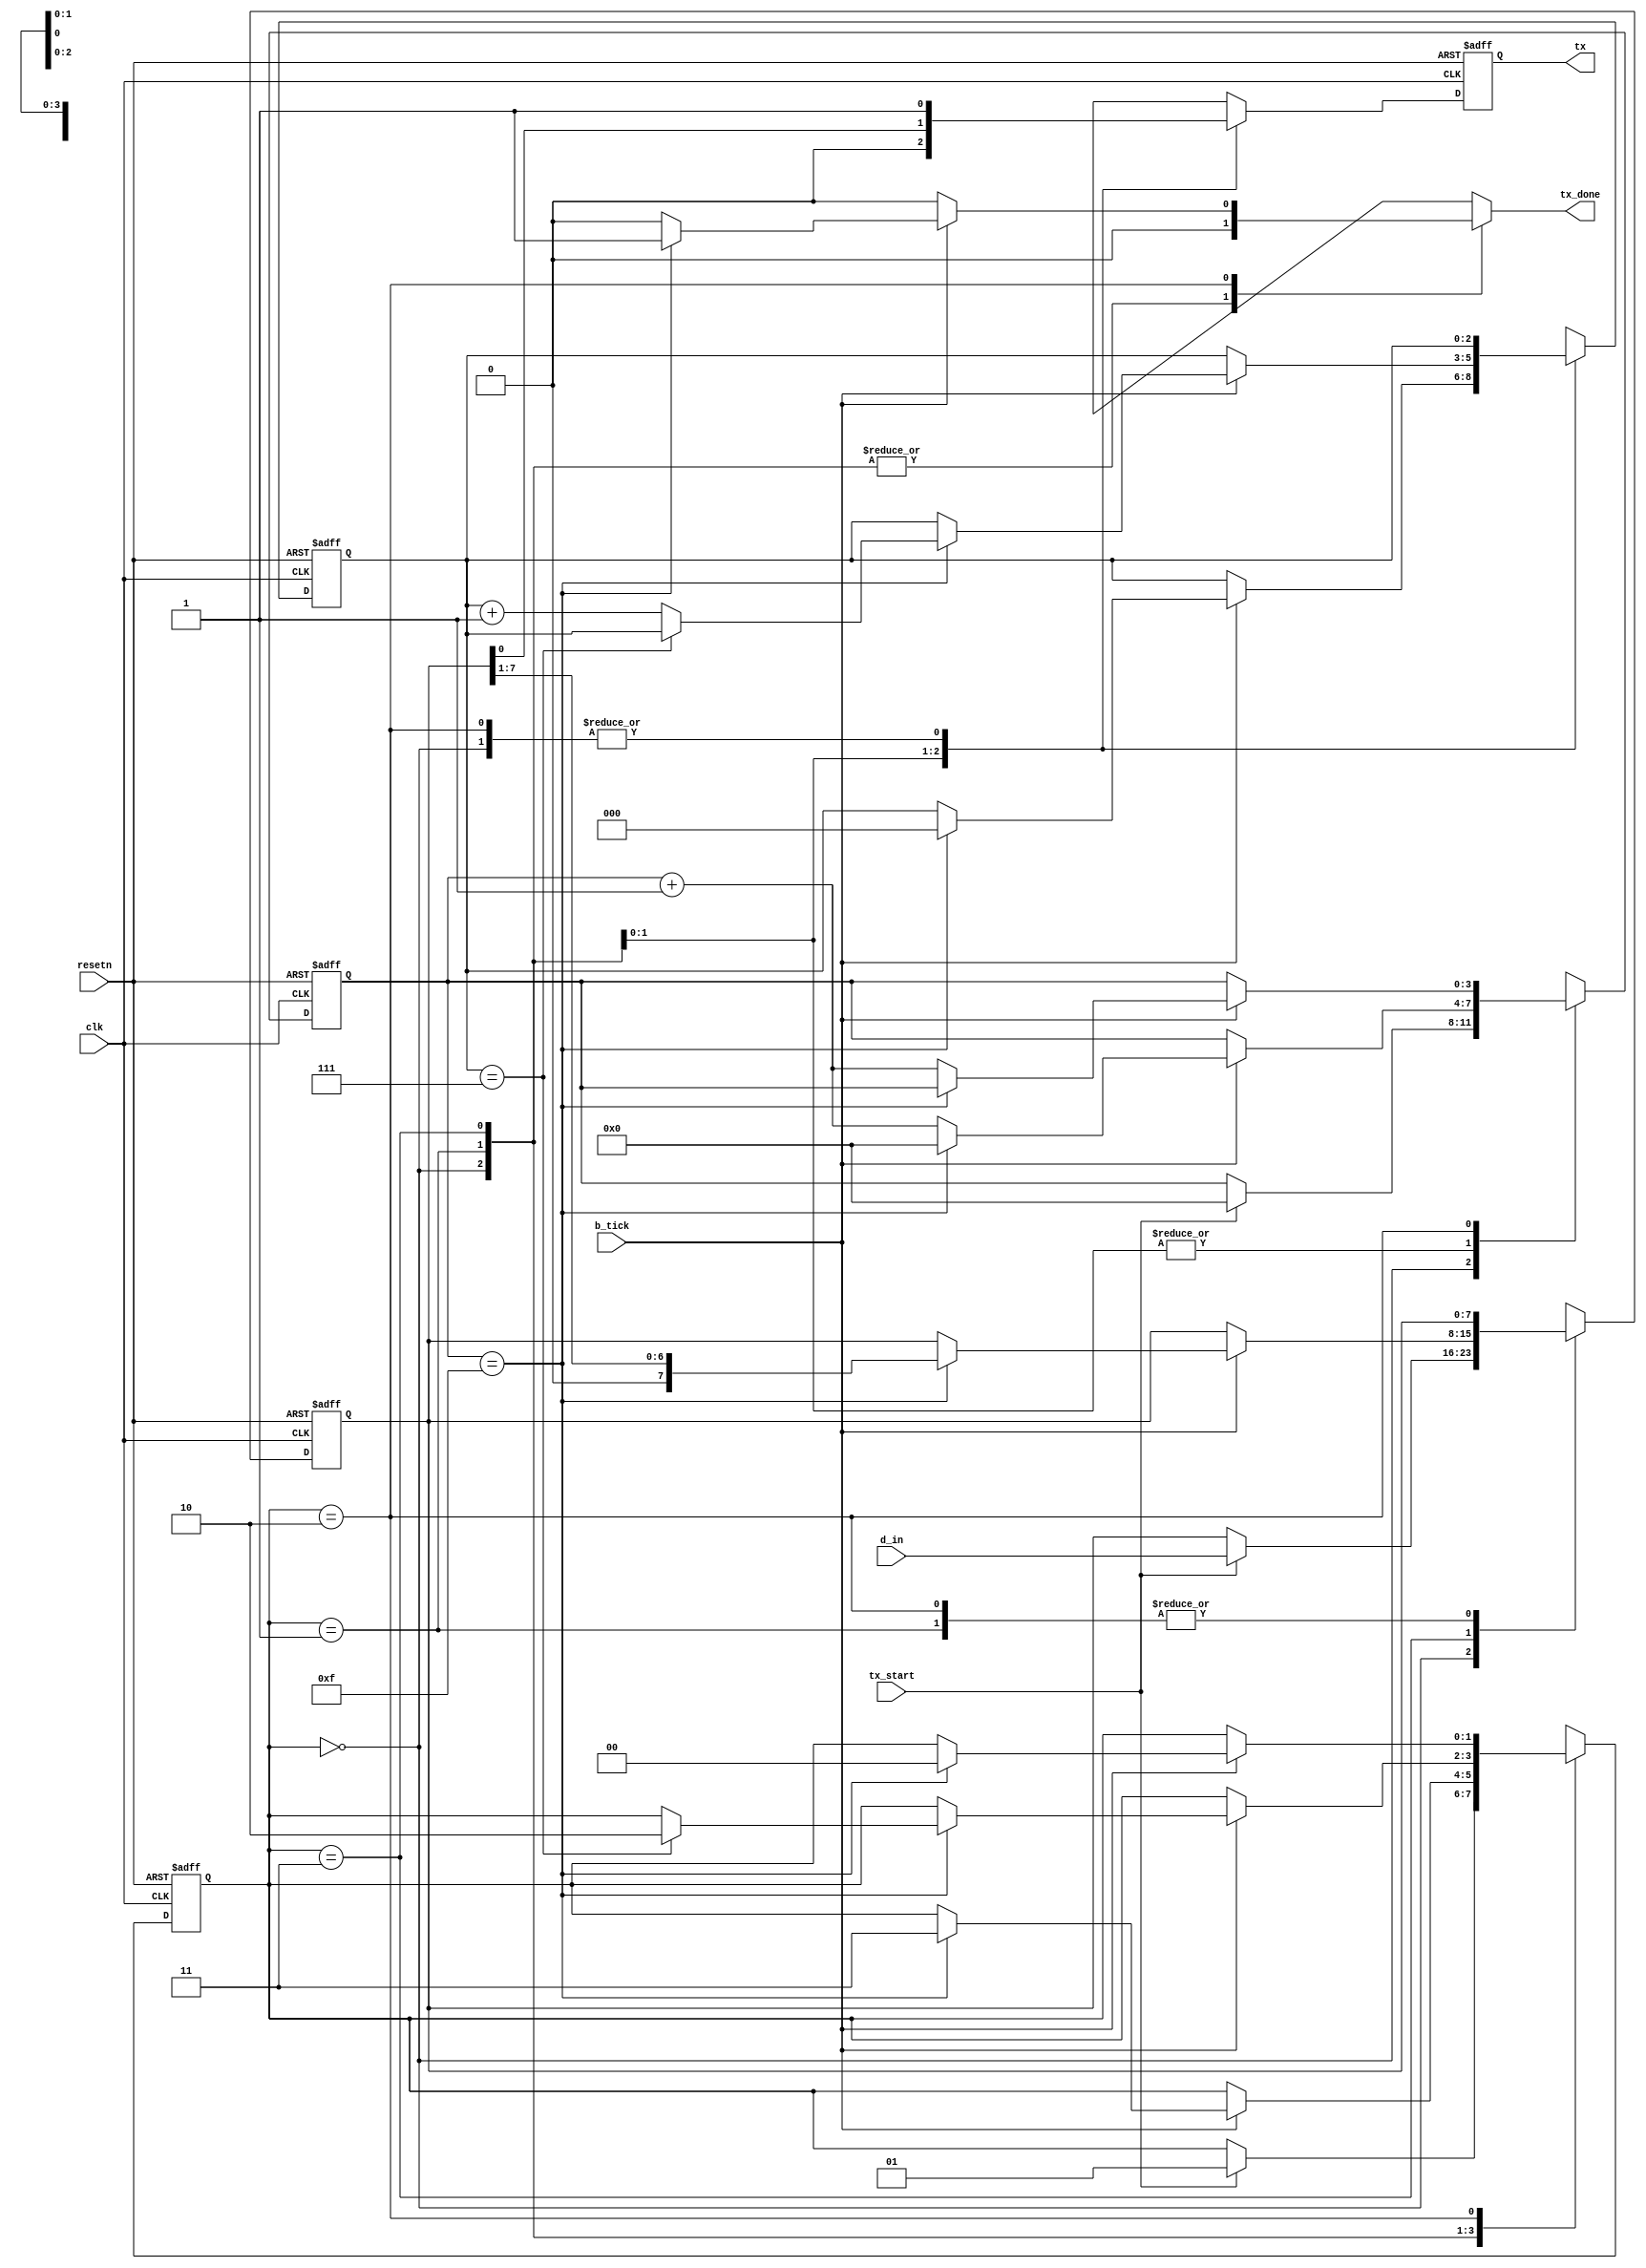
module UART_TX(
  input wire clk,
  input wire resetn,
  input wire tx_start,        
  input wire b_tick,          //baud rate tick
  input wire [7:0] d_in,      //input data
  output reg tx_done,         //transfer finished
  output wire tx              //output data to RS-232
  );
  
  
//STATE DEFINES  
  localparam [1:0] idle_st = 2'b00;
  localparam [1:0] start_st = 2'b01;
  localparam [1:0] data_st = 2'b11;
  localparam [1:0] stop_st = 2'b10;
  
//Internal Signals  
  reg [1:0] current_state;
  reg [1:0] next_state;
  reg [3:0] b_reg;          //baud tick counter
  reg [3:0] b_next;
  reg [2:0] count_reg;      //data bit counter
  reg [2:0] count_next;
  reg [7:0] data_reg;       //data register
  reg [7:0] data_next;
  reg tx_reg;               //output data reg
  reg tx_next;
  
//State Machine  
  always @(posedge clk, negedge resetn)
  begin
    if(!resetn)
      begin
        current_state <= idle_st;
        b_reg <= 0;
        count_reg <= 0;
        data_reg <= 0;
        tx_reg <= 1'b1;
      end
    else
      begin
        current_state <= next_state;
        b_reg <= b_next;
        count_reg <= count_next;
        data_reg <= data_next;
        tx_reg <= tx_next;
      end
  end


//Next State Logic  
  always @*
  begin
    next_state = current_state;
    tx_done = 1'b0;
    b_next = b_reg;
    count_next = count_reg;
    data_next = data_reg;
    tx_next = tx_reg;
    
    case(current_state)
      idle_st:
      begin
        tx_next = 1'b1;
        if(tx_start)
        begin
          next_state = start_st;
          b_next = 0;
          data_next = d_in;
        end
      end
      
      start_st: //send start bit
      begin
        tx_next = 1'b0;
        if(b_tick)
          if(b_reg==15)
            begin
              next_state = data_st;
              b_next = 0;
              count_next = 0;
            end
          else
            b_next = b_reg + 1;
      end
      
      data_st: //send data serially
      begin
        tx_next = data_reg[0];
        
        if(b_tick)
          if(b_reg == 15)
            begin
              b_next = 0;
              data_next = data_reg >> 1;
              if(count_reg == 7)    //8 data bits
                next_state = stop_st;
              else
                count_next = count_reg + 1;
            end
          else
            b_next = b_reg + 1;
      end
      
      stop_st: //send stop bit
      begin
        tx_next = 1'b1;
        if(b_tick)
          if(b_reg == 15)   //one stop bit
            begin
              next_state = idle_st;
              tx_done = 1'b1;
            end
          else
            b_next = b_reg + 1;
      end
    endcase
  end
  
  assign tx = tx_reg;
  
endmodule